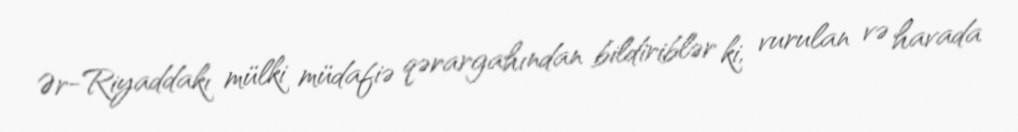
Ər-Riyaddakı mülki müdafiə qərargahından bildiriblər ki, vurulan və havada